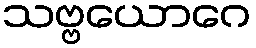
သဗ္ဗယောဂေ